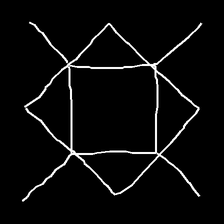
Glyph: light